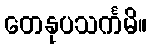
တေနုပသင်္ကမိ။